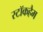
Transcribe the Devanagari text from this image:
स्टॉकहैम